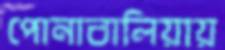
পোনাবালিয়ায়